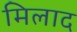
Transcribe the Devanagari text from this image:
मिलाद